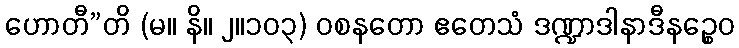
ဟောတီ”တိ (မ။ နိ။ ၂။၁၀၃) ဝစနတော ဧတေသံ ဒဏ္ဍာဒါနာဒီနဉ္စေဝ